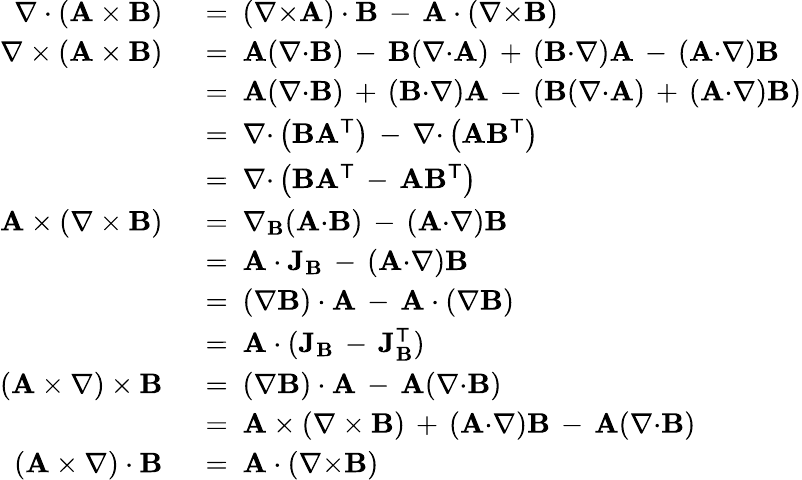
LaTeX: {\begin{array}{rl}{\nabla\cdot(\mathbf{A}\times\mathbf{B})}&{\ =\ (\nabla{\times}\mathbf{A})\cdot\mathbf{B}\, -\, \mathbf{A}\cdot(\nabla{\times}\mathbf{B})}\\ {\nabla\times(\mathbf{A}\times\mathbf{B})}&{\ =\ \mathbf{A}(\nabla{\cdot}\mathbf{B})\, -\, \mathbf{B}(\nabla{\cdot}\mathbf{A})\, +\, (\mathbf{B}{\cdot}\nabla)\mathbf{A}\, -\, (\mathbf{A}{\cdot}\nabla)\mathbf{B}}\\ &{\ =\ \mathbf{A}(\nabla{\cdot}\mathbf{B})\, +\, (\mathbf{B}{\cdot}\nabla)\mathbf{A}\, -\, (\mathbf{B}(\nabla{\cdot}\mathbf{A})\, +\, (\mathbf{A}{\cdot}\nabla)\mathbf{B})}\\ &{\ =\ \nabla{\cdot}\left(\mathbf{B}\mathbf{A}^{\textsf{T}}\right)\, -\, \nabla{\cdot}\left(\mathbf{A}\mathbf{B}^{\textsf{T}}\right)}\\ &{\ =\ \nabla{\cdot}\left(\mathbf{B}\mathbf{A}^{\textsf{T}}\, -\, \mathbf{A}\mathbf{B}^{\textsf{T}}\right)}\\ {\mathbf{A}\times(\nabla\times\mathbf{B})}&{\ =\ \nabla_{\mathbf{B}}(\mathbf{A}{\cdot}\mathbf{B})\, -\, (\mathbf{A}{\cdot}\nabla)\mathbf{B}}\\ &{\ =\ \mathbf{A}\cdot\mathbf{J}_{\mathbf{B}}\, -\, (\mathbf{A}{\cdot}\nabla)\mathbf{B}}\\ &{\ =\ (\nabla\mathbf{B})\cdot\mathbf{A}\, -\, \mathbf{A}\cdot(\nabla\mathbf{B})}\\ &{\ =\ \mathbf{A}\cdot(\mathbf{J}_{\mathbf{B}}\, -\, \mathbf{J}_{\mathbf{B}}^{\textsf{T}})}\\ {(\mathbf{A}\times\nabla)\times\mathbf{B}}&{\ =\ (\nabla\mathbf{B})\cdot\mathbf{A}\, -\, \mathbf{A}(\nabla{\cdot}\mathbf{B})}\\ &{\ =\ \mathbf{A}\times(\nabla\times\mathbf{B})\, +\, (\mathbf{A}{\cdot}\nabla)\mathbf{B}\, -\, \mathbf{A}(\nabla{\cdot}\mathbf{B})}\\ {(\mathbf{A}\times\nabla)\cdot\mathbf{B}}&{\ =\ \mathbf{A}\cdot(\nabla{\times}\mathbf{B})}\end{array}}